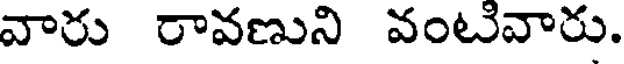
వారు రావణుని వంటివారు.